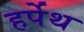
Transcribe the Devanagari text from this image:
हर्पेथ